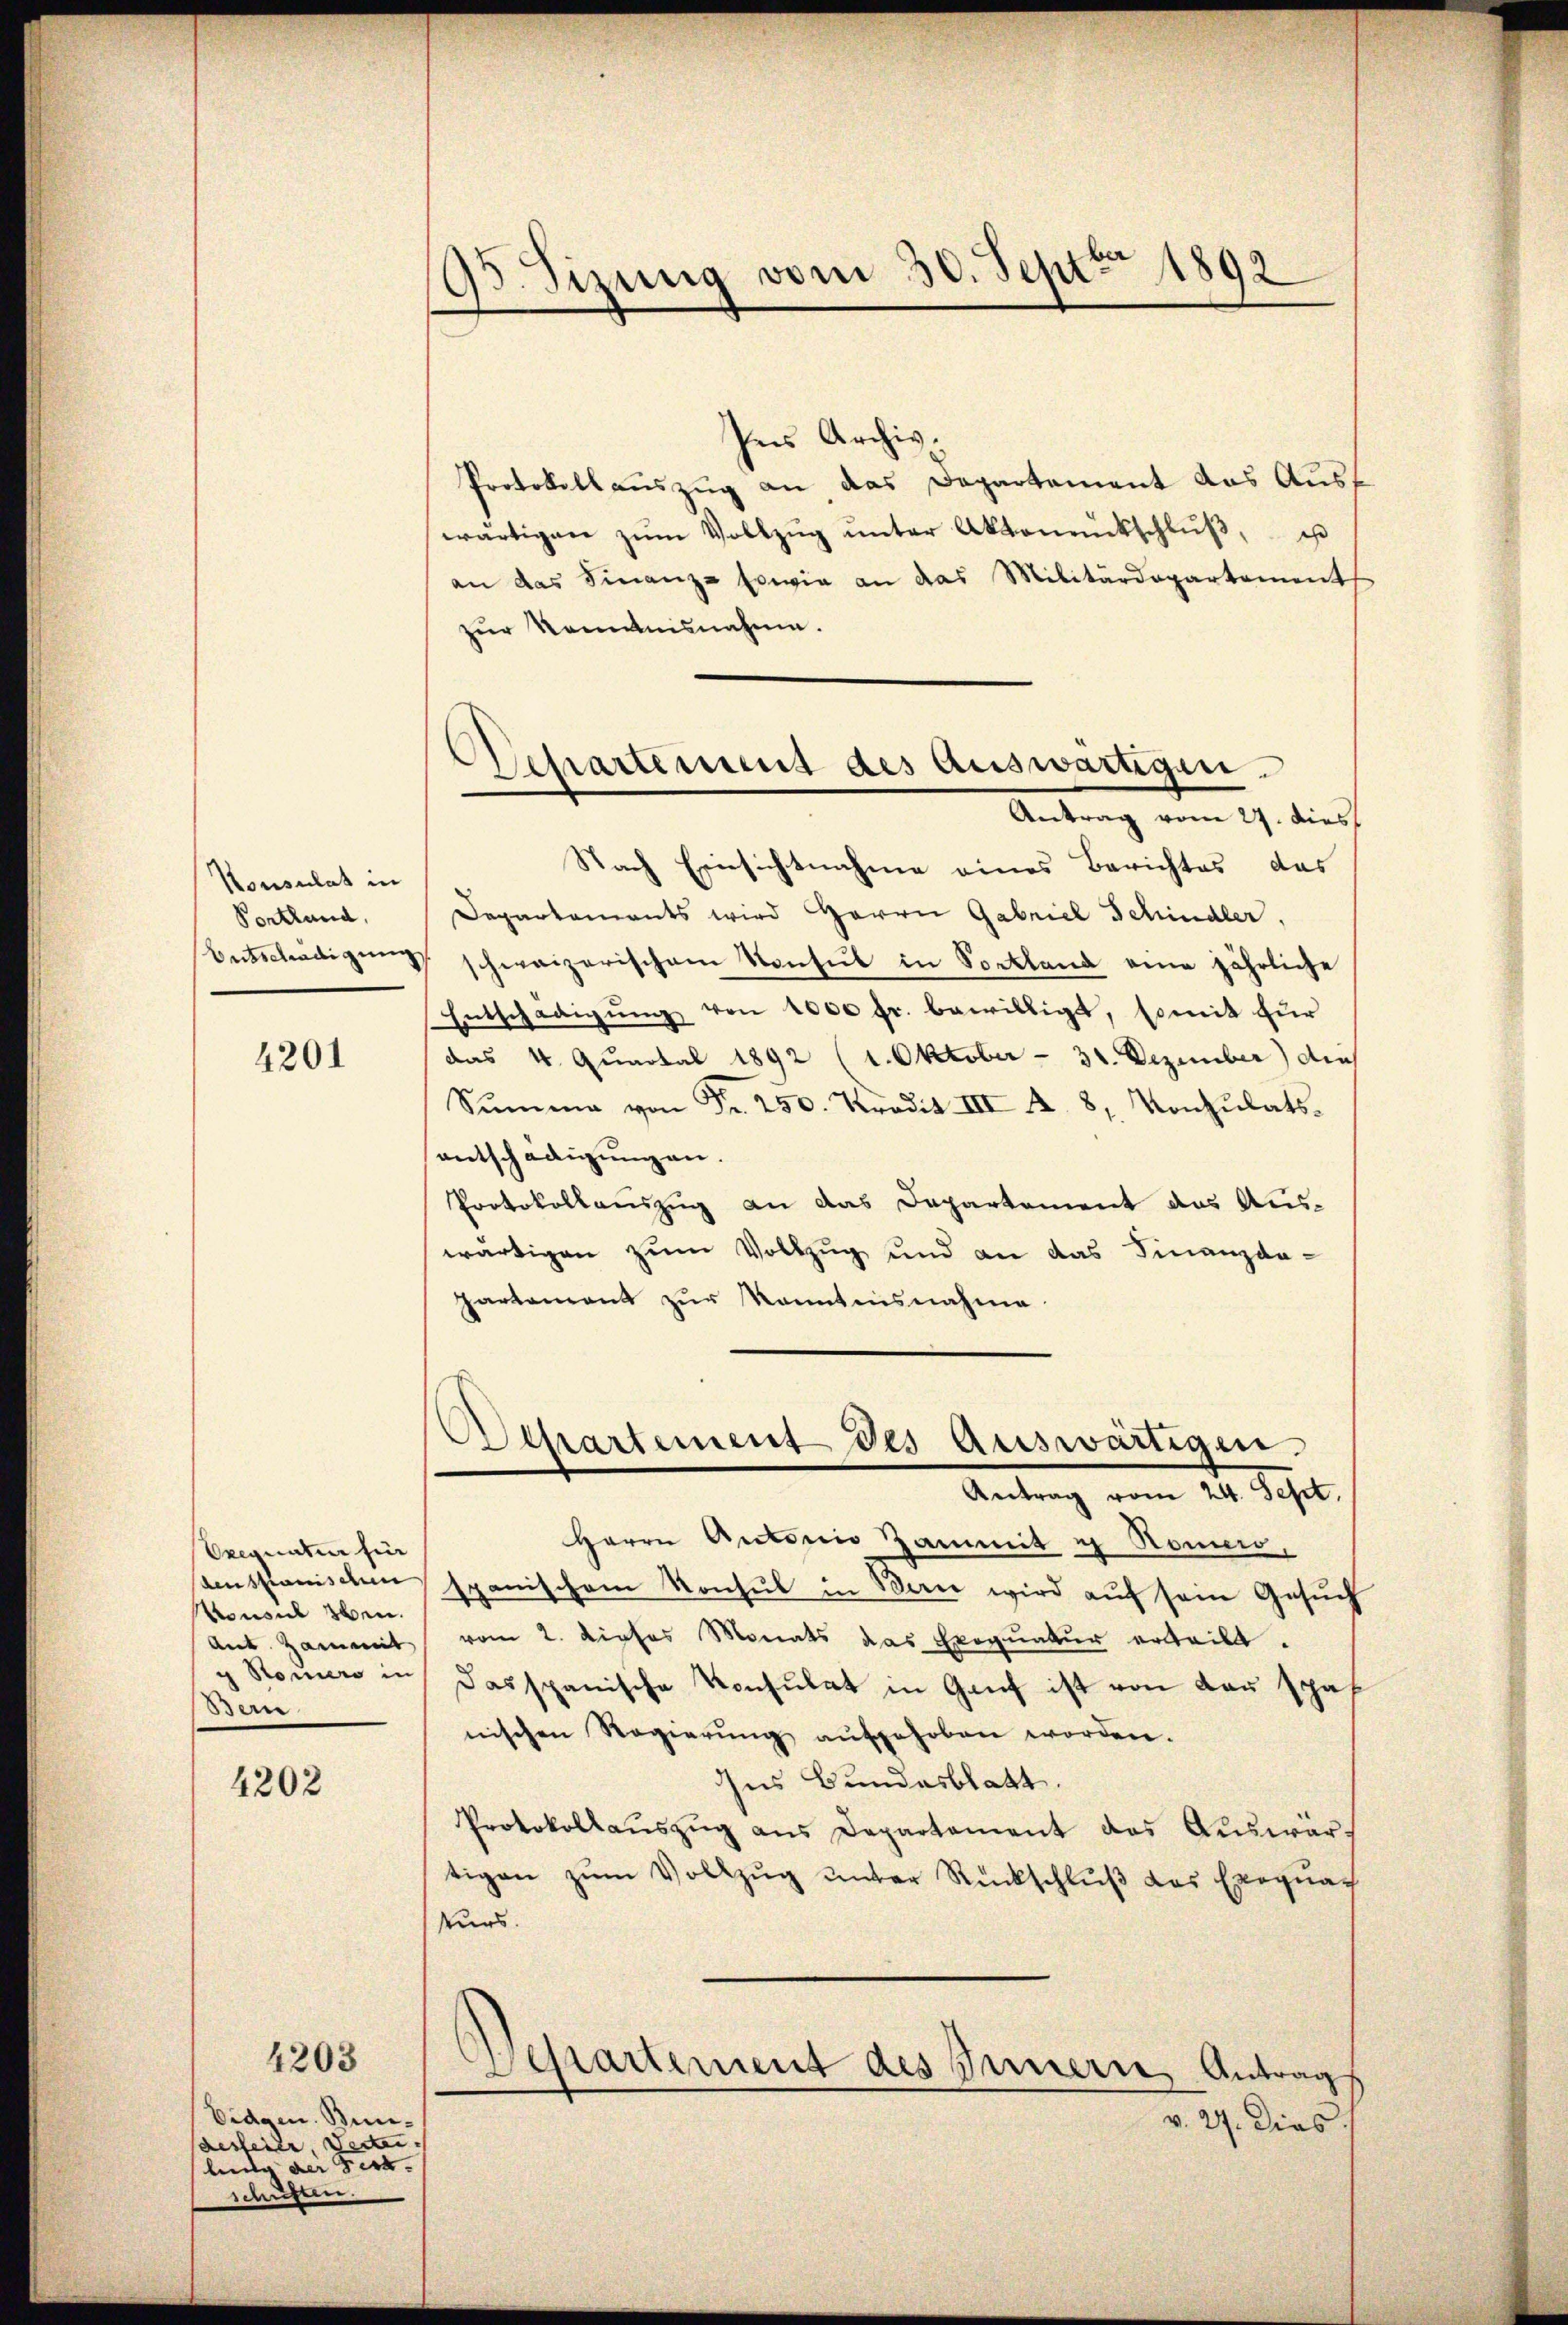
Konsulat in
Pontland,
Betschädigung

4201

Oxequaten für
Anstanischen
onsul eben.
Ant. Hammit
g Stoniers in
Bern

4202

4203

Eidgen. Bunaesfeier, Vertei
linde der Ferk.
schüssen.

95. Sizung vom 30. Sept. 1892

Ins Archiv.
Protokollauszug an das Departement das Auswärtigen zŭm Vollzŭg ŭnter Aktenrückschlŭβ, is
an das Finanz-Eswie an das Militärdepartement
zur Kenntnisnahme.
Nach Einsichtnahme eines Berichtes das
Departements wird Herrn Gabriel Schindler.
schweizerischem Konsul in Soctland eine jährliche
Entschädigŭng von 1000 fr. bewilligt, somit für
das 4. Quartal 1892 (1. Oktober - 31. Dezember) die
Sŭmme von Fr. 250. Kredit III A. 8, Vonzŭlats.
entschädigungen.
Protokollauszug an das Departement das Auswärtigen zum Vollzug und an das Finanzda-
partament zur kanntensnahme
Othartement des auswärtigen.
Antrag vom 24. Sept.
Herrn Antonio Zammit u Komen
spanischem Konsul in Man wird auf sein Gesuch
vom 2. dieses Monats das Exequatur erteilt.
Das spanische Konsulat in Genf ist von Bau schn
nischen Regierŭng aŭfgehoben worden.
ins Bundesblatt.
Protokollaŭszŭg ans Departement das Aŭswartigen zŭm Vollzŭg ŭnter Rückschlŭβ des Exequat
kurs.
Departement des Innern, Antrag
v. 27. Dies

Separtement des Auswärtigen.
Antrag vom 27. dies